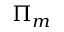
\Pi _ { m }